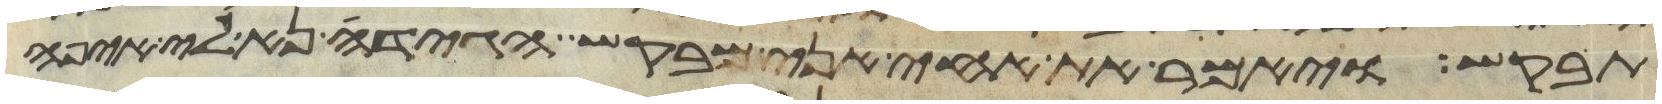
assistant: תבקש ויאמר את אחי אני מבקש הגידה נא לי איפה